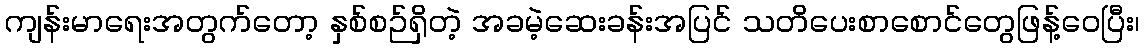
ကျန်းမာရေးအတွက်တော့ နှစ်စဉ်ရှိတဲ့ အခမဲ့ဆေးခန်းအပြင် သတိပေးစာစောင်တွေဖြန့်ဝေပြီး၊